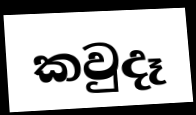
කවුදෑ